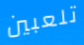
تلعبين